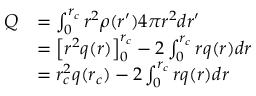
\begin{array} { r l } { Q } & { = \int _ { 0 } ^ { r _ { c } } r ^ { 2 } \rho ( r ^ { \prime } ) 4 \pi r ^ { 2 } d r ^ { \prime } } \\ & { = \left[ r ^ { 2 } q ( r ) \right] _ { 0 } ^ { r _ { c } } - 2 \int _ { 0 } ^ { r _ { c } } r q ( r ) d r } \\ & { = r _ { c } ^ { 2 } q ( r _ { c } ) - 2 \int _ { 0 } ^ { r _ { c } } r q ( r ) d r } \end{array}